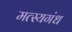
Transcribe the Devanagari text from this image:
मत्स्यगंध